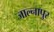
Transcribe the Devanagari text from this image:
जाल्नापुर